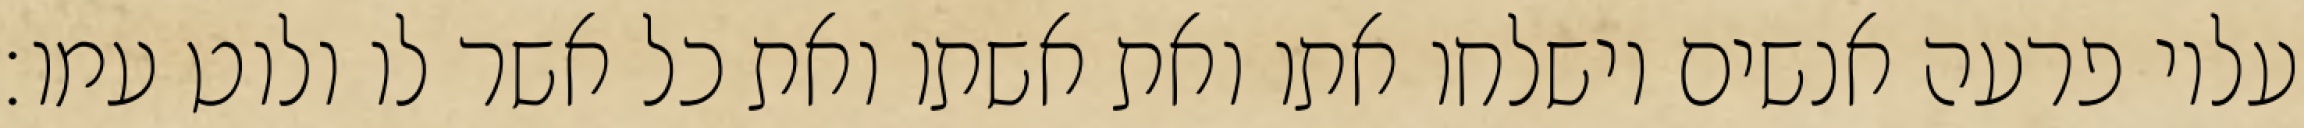
עליו פרעה אנשים וישלחו אתו ואת אשתו ואת כל אשר לו ולוט עמו׃